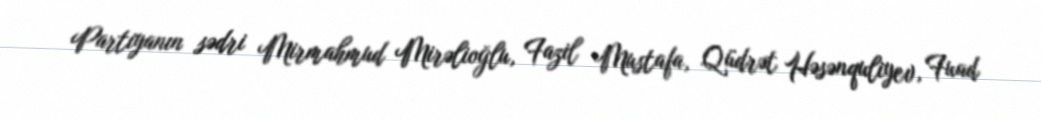
Partiyanın sədri Mirmahmud Mirəlioğlu, Fazil Mustafa, Qüdrət Həsənquliyev, Fuad